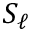
S _ { \ell }